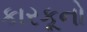
કારકૂનો